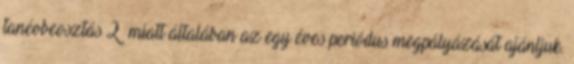
tanévbeosztás 2 miatt általában az egy éves periódus megpályázását ajánljuk.